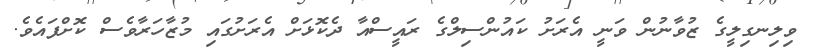
ވިލިނގިލީގެ ޒުވާނުން ވަނީ އެރަށު ކައުންސިލްގެ ރައީސްއާ ދެކޮޅަށް އެރަށުގައި މުޒާހަރާވެސް ކޮށްފައެވެ.